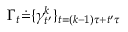
\Gamma _ { t } \dot { = } \{ \gamma _ { t ^ { \prime } } ^ { k } \} _ { t = ( k - 1 ) \tau + t ^ { \prime } \tau }